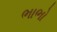
ભાભો